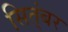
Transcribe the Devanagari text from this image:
सित्ंबर